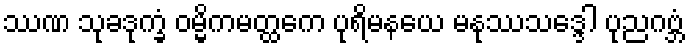
ဿဏ သုခဒုက္ခံ ဝမ္မိကမတ္ထကေ ပုရိမနယေ မနုဿသဒ္ဒေါ ပုညဂဗ္ဘံ